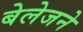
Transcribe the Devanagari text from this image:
बेलेजने